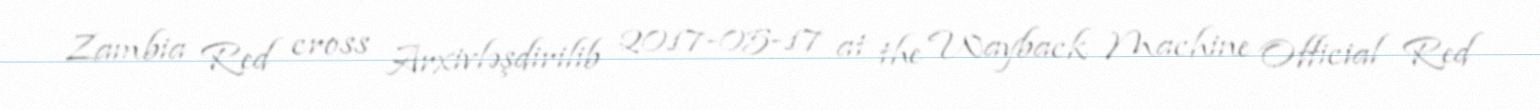
Zambia Red cross Arxivləşdirilib 2017-05-17 at the Wayback Machine Official Red